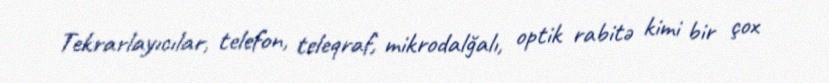
Tekrarlayıcılar, telefon, teleqraf, mikrodalğalı, optik rabitə kimi bir çox